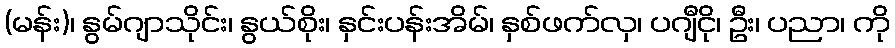
(မန်း)၊ နွမ်ဂျာသိုင်း၊ နွယ်စိုး၊ နှင်းပန်းအိမ်၊ နှစ်ဖက်လှ၊ ပဂျီငို၊ ဦး၊ ပညာ၊ ကို